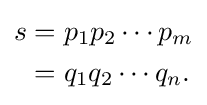
{\begin{aligned}s&=p_{1}p_{2}\cdots p_{m}\\&=q_{1}q_{2}\cdots q_{n}.\end{aligned}}